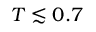
T \lesssim 0 . 7